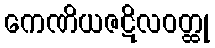
ကေဏိယဇဋိလဝတ္ထု